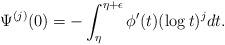
LaTeX: \begin{align*} \Psi^{(j)}(0) = - \int_{\eta}^{\eta+\epsilon} \phi'(t) (\log t)^j dt.\end{align*}